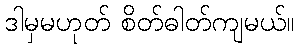
ဒါမှမဟုတ် စိတ်ဓါတ်ကျမယ်။